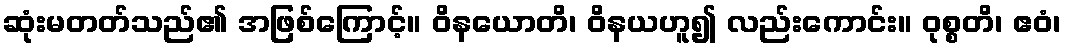
ဆုံးမတတ်သည်၏ အဖြစ်ကြောင့်။ ဝိနယောတိ၊ ဝိနယဟူ၍ လည်းကောင်း။ ဝုစ္စတိ၊ ဧဝံ၊